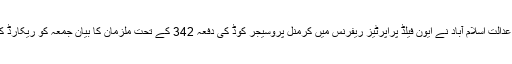
دوسری جانب احتساب عدالت اسلام آباد نے ایون فیلڈ پراپرٹیز ریفرنس میں کرمنل پروسیجر کوڈ کی دفعہ 342 کے تحت ملزمان کا بیان جمعہ کو ریکارڈ کرنے کا فیصلہ کیا ہے۔